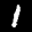
Label: 1